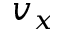
v _ { x }